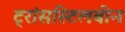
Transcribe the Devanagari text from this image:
ट्रांसस्टिलबीन